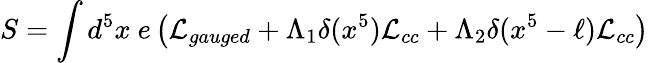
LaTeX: S=\int d^{5}x~e\left({\cal L}_{gauged}+\Lambda_{1}\delta(x^{5}){\cal L}_{cc}+\Lambda_{2}\delta(x^{5}-\ell){\cal L}_{cc}\right)